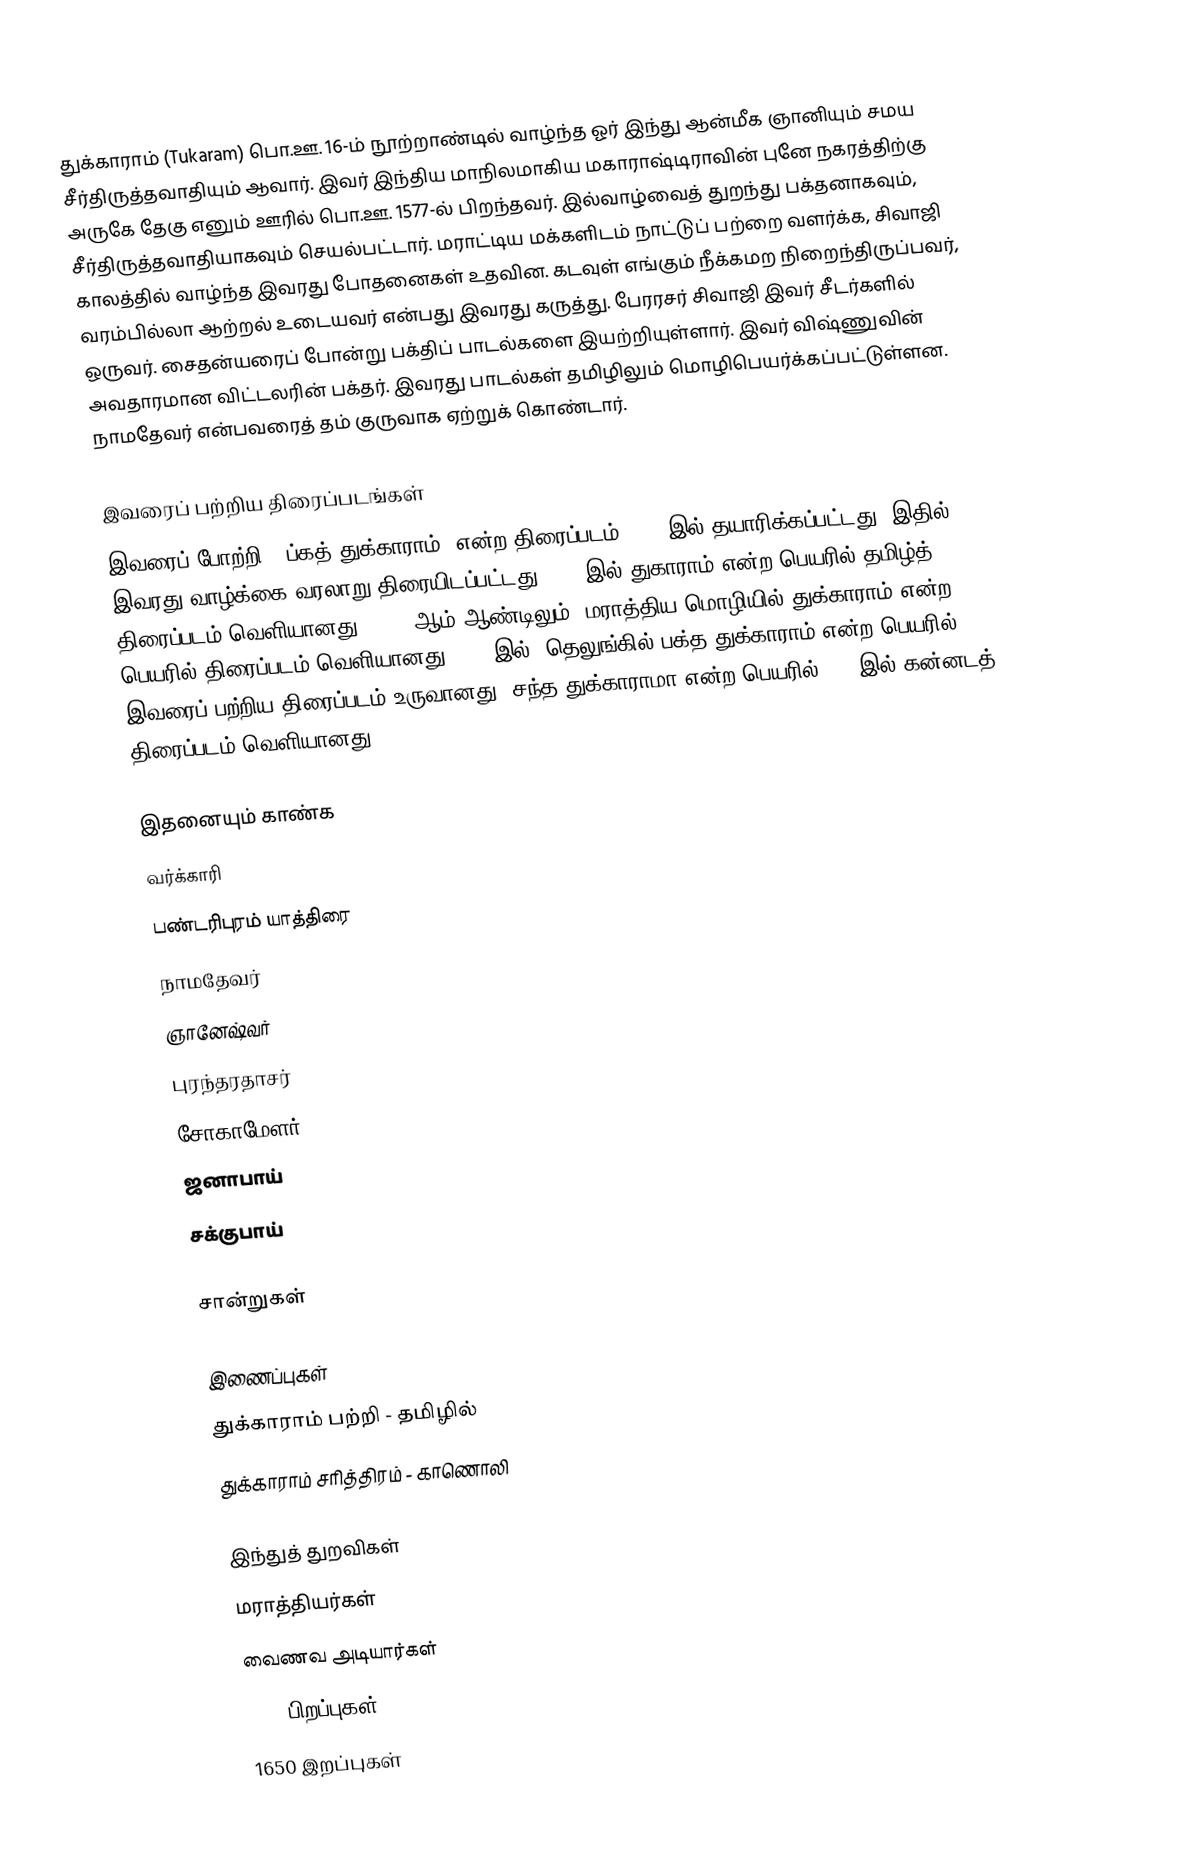
துக்காராம் (Tukaram) பொ.ஊ. 16-ம் நூற்றாண்டில் வாழ்ந்த ஓர் இந்து ஆன்மீக ஞானியும் சமய சீர்திருத்தவாதியும் ஆவார். இவர் இந்திய மாநிலமாகிய மகாராஷ்டிராவின் புனே நகரத்திற்கு அருகே தேகு எனும் ஊரில் பொ.ஊ. 1577-ல் பிறந்தவர். இல்வாழ்வைத் துறந்து பக்தனாகவும், சீர்திருத்தவாதியாகவும் செயல்பட்டார். மராட்டிய மக்களிடம் நாட்டுப் பற்றை வளர்க்க, சிவாஜி காலத்தில் வாழ்ந்த இவரது போதனைகள் உதவின. கடவுள் எங்கும் நீக்கமற நிறைந்திருப்பவர், வரம்பில்லா ஆற்றல் உடையவர் என்பது இவரது கருத்து. பேரரசர் சிவாஜி இவர் சீடர்களில் ஒருவர். சைதன்யரைப் போன்று பக்திப் பாடல்களை இயற்றியுள்ளார். இவர் விஷ்ணுவின் அவதாரமான விட்டலரின் பக்தர். இவரது பாடல்கள் தமிழிலும் மொழிபெயர்க்கப்பட்டுள்ளன. நாமதேவர் என்பவரைத் தம் குருவாக ஏற்றுக் கொண்டார்.

இவரைப் பற்றிய திரைப்படங்கள்
இவரைப் போற்றி, "ப்கத் துக்காராம்" என்ற திரைப்படம் 1937-இல் தயாரிக்கப்பட்டது. இதில் இவரது வாழ்க்கை வரலாறு திரையிடப்பட்டது. 1938இல் துகாராம் என்ற பெயரில் தமிழ்த் திரைப்படம் வெளியானது. 2012 ஆம் ஆண்டிலும், மராத்திய மொழியில் துக்காராம் என்ற பெயரில் திரைப்படம் வெளியானது. 1973இல், தெலுங்கில் பக்த துக்காராம் என்ற பெயரில், இவரைப் பற்றிய திரைப்படம் உருவானது. சந்த துக்காராமா என்ற பெயரில் 1963இல் கன்னடத் திரைப்படம் வெளியானது.

இதனையும் காண்க
 வர்க்காரி
 பண்டரிபுரம் யாத்திரை
 நாமதேவர்
 ஞானேஷ்வர்
 புரந்தரதாசர்
 சோகாமேளர்
 ஜனாபாய்
 சக்குபாய்

சான்றுகள்

இணைப்புகள்
துக்காராம் பற்றி - தமிழில்
துக்காராம் சரித்திரம் - காணொலி

இந்துத் துறவிகள்
மராத்தியர்கள்
வைணவ அடியார்கள்
1577 பிறப்புகள்
1650 இறப்புகள்